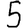
Digit: 5